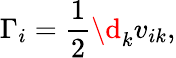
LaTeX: \Gamma_{i}=\frac{1}{2}\d_{k}v_{ik},